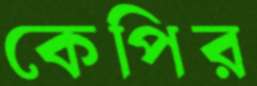
কেপির